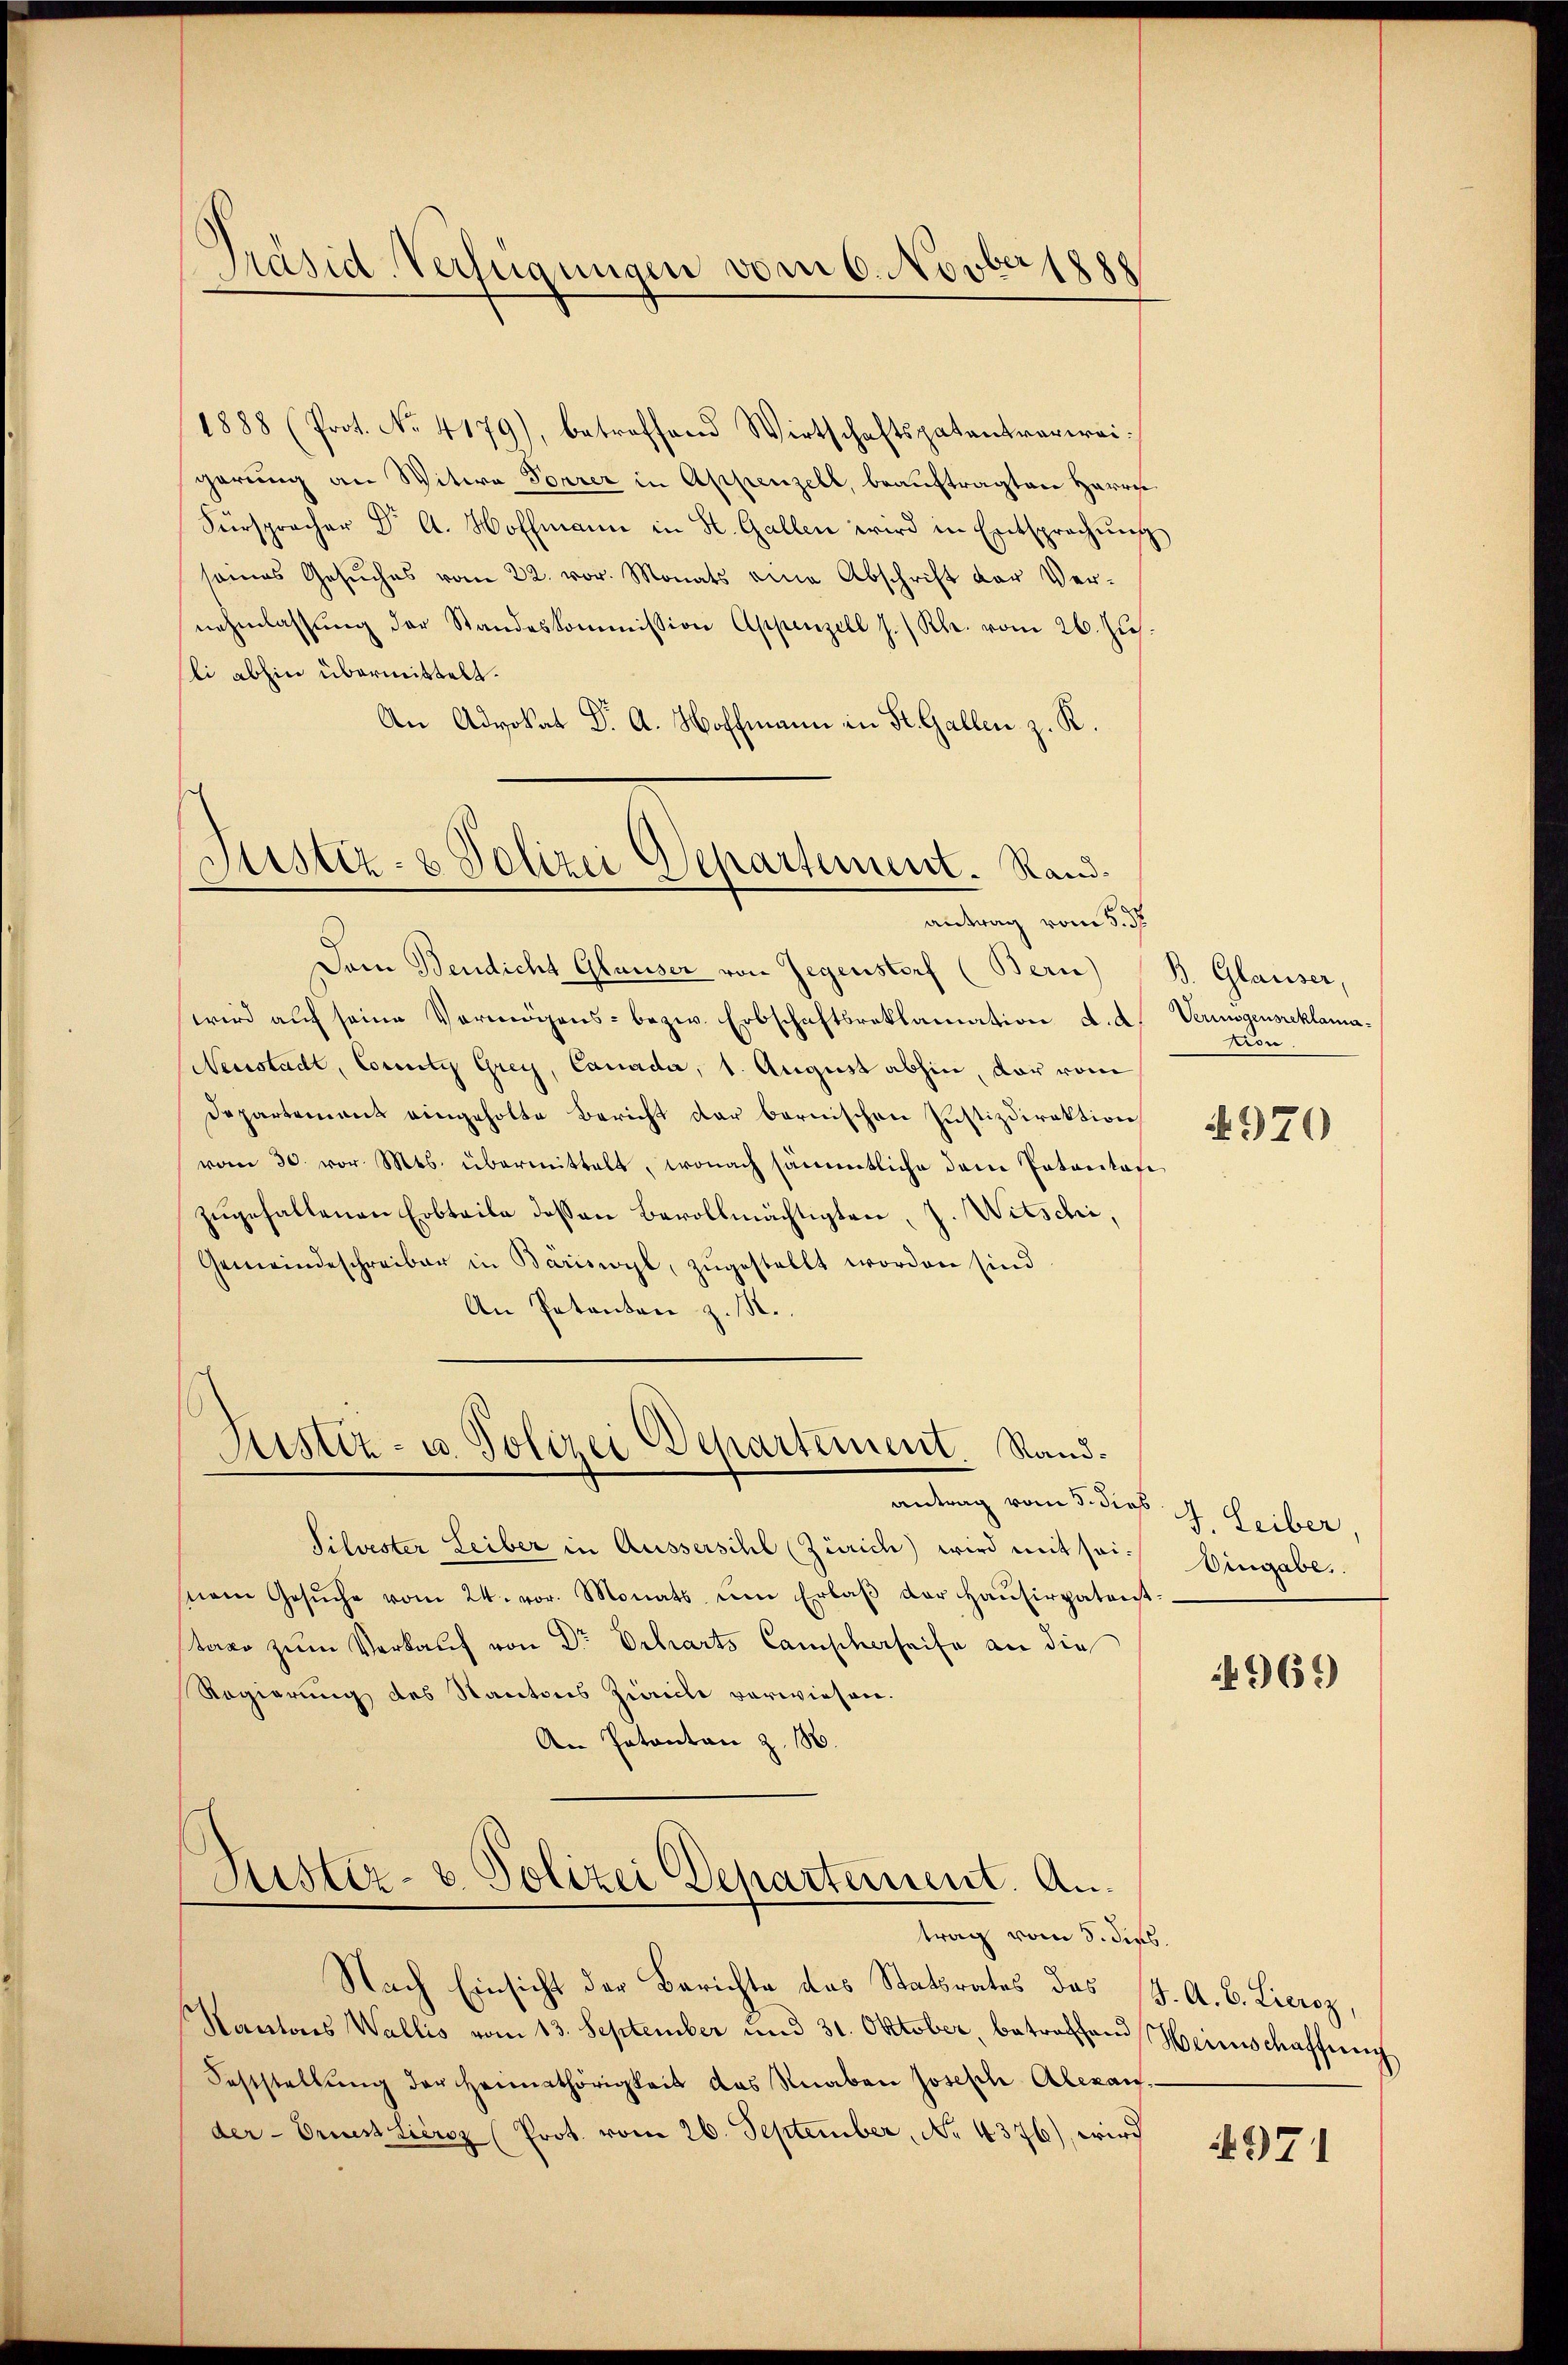
1888 (Prot. No. 4179), betreffend Wirtschaftspatentverweigerung an Witwe Forrer in Appenzell, beauftragten Herrn
Fürsprecher Dr A. Hoffmann in St. Gallen wird in Entsprechung
seines Gesŭches vom 22. vor. Monats eine Abschrift der Vernehmlassŭng der Standeskommission Appenzell I.Rh. vom 26. Ju
li abhin übermittelt.
An Advokat Dr. A. Hoffmann in St. Gallen z. R.

Präsid-Verfügungen vom 6. Novber 1888

Sistiz- & Polizei Departement. Randantrag vom 5. d.

Dem Bendicht Glauser von Gegenstorf (Bern)
wird auf seine Vermögens- bezw. Erbschaftsreklamation a. d
Neustadt, County Grey, Canada, 1. August abhin, der vom
Departement eingeholte Bericht der bernischen Justizdirektion
vom 30. vor Mts. übermittelt, wonach sämmtliche dem Totanton
zugefallenen Erbteile dessen Bevollmächtigten, J. Witschi,
Gemeindeschreiber in Bäriswyl, zugestellt worden sind
An Patenten z. M.

Rustiz- u. Polizei Departement. Randantrag vom 5. dies

Silvester Leiber in Aussersihl (Zürich) wird mit sei. Eingabe.
nem Gesŭche vom 24. vor. Monats ŭm Erlaβ der Haŭsirpatent-
taco zum Verkauf von Dr Erharts Camischerheite an die
Regierung des Kantons Zivile verwiesen.
An Patentan z. 18.

Kister- & Polizei Departement. Antrag vom 5. dies
Nach Einsicht der Berichte des Statsrates des J. A. B. Lieroz,

Kantons Wallis vom 13. September und 31. Oktober, betroffend Heimschaffung
Feststellŭng der Heimathörigkeit das Knaben Joseph Alexan
der - Oruesstiersz (Prot. vom 26. September, No 4376), wird

B. Glauser,
Vermögensreklama¬
Pron

4970

J. Leiber,

969

4971